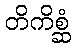
တိကိစ္ဆံ